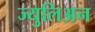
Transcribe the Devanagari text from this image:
ज्युलिअन